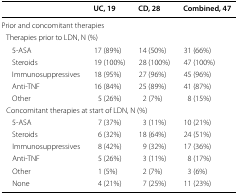
<table><thead><tr><td></td><td><b>UC, 19</b></td><td><b>CD, 28</b></td><td><b>Combined, 47</b></td></tr></thead><tbody><tr><td colspan="4">Prior and concomitant therapies</td></tr><tr><td colspan="4"> Therapies prior to LDN, N (%)</td></tr><tr><td>5-ASA</td><td>17 (89%)</td><td>14 (50%)</td><td>31 (66%)</td></tr><tr><td>Steroids</td><td>19 (100%)</td><td>28 (100%)</td><td>47 (100%)</td></tr><tr><td>Immunosuppressives</td><td>18 (95%)</td><td>27 (96%)</td><td>45 (96%)</td></tr><tr><td>Anti-TNF</td><td>16 (84%)</td><td>25 (89%)</td><td>41 (87%)</td></tr><tr><td>Other</td><td>5 (26%)</td><td>2 (7%)</td><td>8 (15%)</td></tr><tr><td colspan="4"> Concomitant therapies at start of LDN, N (%)</td></tr><tr><td>5-ASA</td><td>7 (37%)</td><td>3 (11%)</td><td>10 (21%)</td></tr><tr><td>Steroids</td><td>6 (32%)</td><td>18 (64%)</td><td>24 (51%)</td></tr><tr><td>Immunosuppressives</td><td>8 (42%)</td><td>9 (32%)</td><td>17 (36%)</td></tr><tr><td>Anti-TNF</td><td>5 (26%)</td><td>3 (11%)</td><td>8 (17%)</td></tr><tr><td>Other</td><td>1 (5%)</td><td>2 (7%)</td><td>3 (6%)</td></tr><tr><td>None</td><td>4 (21%)</td><td>7 (25%)</td><td>11 (23%)</td></tr></tbody></table>